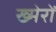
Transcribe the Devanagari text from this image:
ख्मेरों